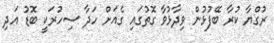
ރުގްޔާ ކުރާ ބޭފުޅުން ވިދާޅުވާ ގޮތުގައި ގެއަށް ހަދާ ސިހުރަކީ ބޮޑު އަދި